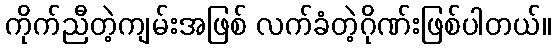
ကိုက်ညီတဲ့ကျမ်းအဖြစ် လက်ခံတဲ့ဂိုဏ်းဖြစ်ပါတယ်။